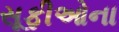
સૂફીઓના